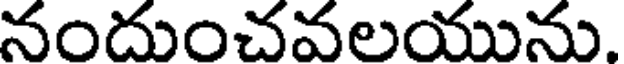
నందుంచవలయును.